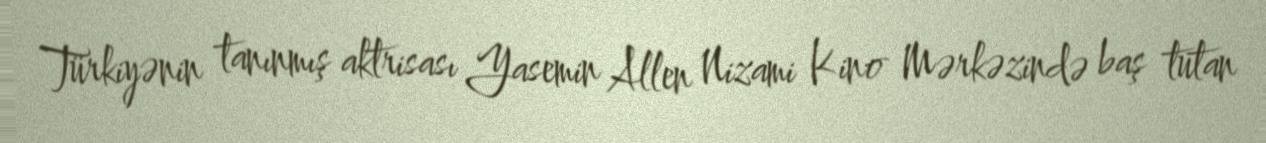
Türkiyənin tanınmış aktrisası Yasemin Allen Nizami Kino Mərkəzində baş tutan